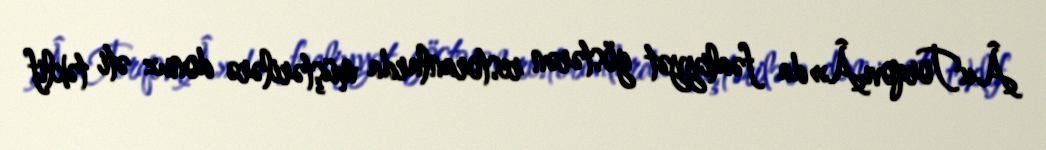
Â«TorqovıÂ»da fəaliyyət göstərən restoranlarda müştərilərə donuz əti təklif